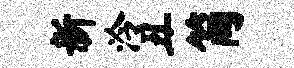
新泠丑简